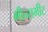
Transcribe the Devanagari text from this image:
मीन्समीट